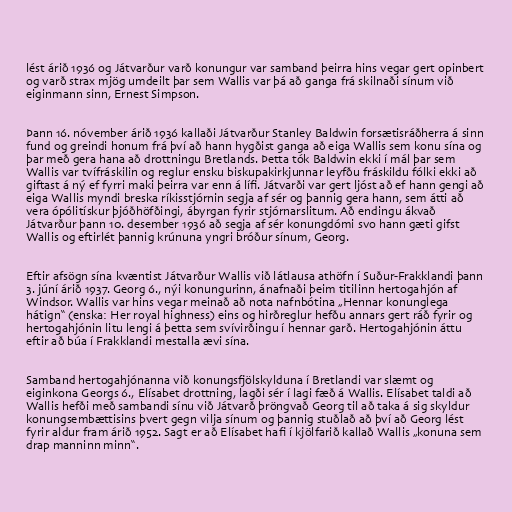
lést árið 1936 og Játvarður varð konungur var samband þeirra hins vegar gert opinbert
og varð strax mjög umdeilt þar sem Wallis var þá að ganga frá skilnaði sínum við
eiginmann sinn, Ernest Simpson.

Þann 16. nóvember árið 1936 kallaði Játvarður Stanley Baldwin forsætisráðherra á sinn
fund og greindi honum frá því að hann hygðist ganga að eiga Wallis sem konu sína og
þar með gera hana að drottningu Bretlands. Þetta tók Baldwin ekki í mál þar sem
Wallis var tvífráskilin og reglur ensku biskupakirkjunnar leyfðu fráskildu fólki ekki að
giftast á ný ef fyrri maki þeirra var enn á lífi. Játvarði var gert ljóst að ef hann gengi að
eiga Wallis myndi breska ríkisstjórnin segja af sér og þannig gera hann, sem átti að
vera ópólitískur þjóðhöfðingi, ábyrgan fyrir stjórnarslitum. Að endingu ákvað
Játvarður þann 10. desember 1936 að segja af sér konungdómi svo hann gæti gifst
Wallis og eftirlét þannig krúnuna yngri bróður sínum, Georg.

Eftir afsögn sína kvæntist Játvarður Wallis við látlausa athöfn í Suður-Frakklandi þann
3. júní árið 1937. Georg 6., nýi konungurinn, ánafnaði þeim titilinn hertogahjón af
Windsor. Wallis var hins vegar meinað að nota nafnbótina „Hennar konunglega
hátign“ (enska: Her royal highness) eins og hirðreglur hefðu annars gert ráð fyrir og
hertogahjónin litu lengi á þetta sem svívirðingu í hennar garð. Hertogahjónin áttu
eftir að búa í Frakklandi mestalla ævi sína.

Samband hertogahjónanna við konungsfjölskylduna í Bretlandi var slæmt og
eiginkona Georgs 6., Elísabet drottning, lagði sér í lagi fæð á Wallis. Elísabet taldi að
Wallis hefði með sambandi sínu við Játvarð þröngvað Georg til að taka á sig skyldur
konungsembættisins þvert gegn vilja sínum og þannig stuðlað að því að Georg lést
fyrir aldur fram árið 1952. Sagt er að Elísabet hafi í kjölfarið kallað Wallis „konuna sem
drap manninn minn“.